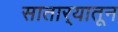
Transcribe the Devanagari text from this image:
सातार्‍यातून